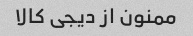
ممنون از دیجی کالا